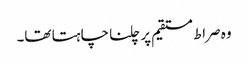
وہ صراط مستقیم پر چلنا چاہتا تھا۔